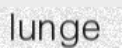
lunge